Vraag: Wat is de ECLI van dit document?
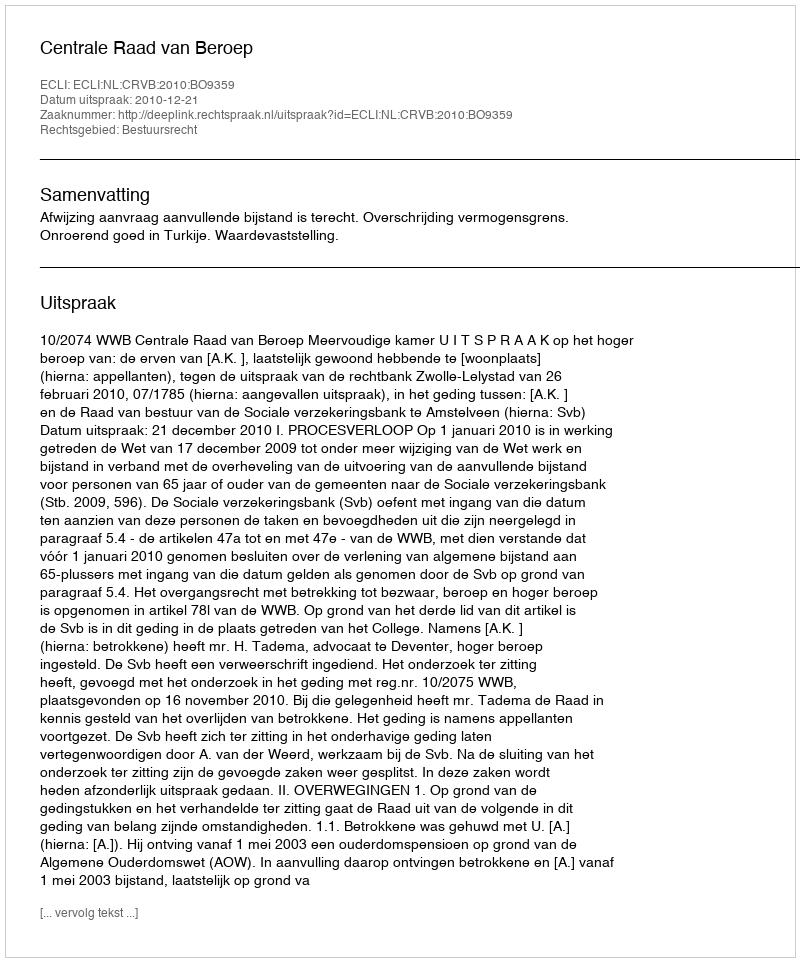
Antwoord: ECLI:NL:CRVB:2010:BO9359